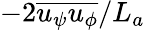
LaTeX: -2\overline{{u_{\psi}u_{\phi}}}/L_{a}